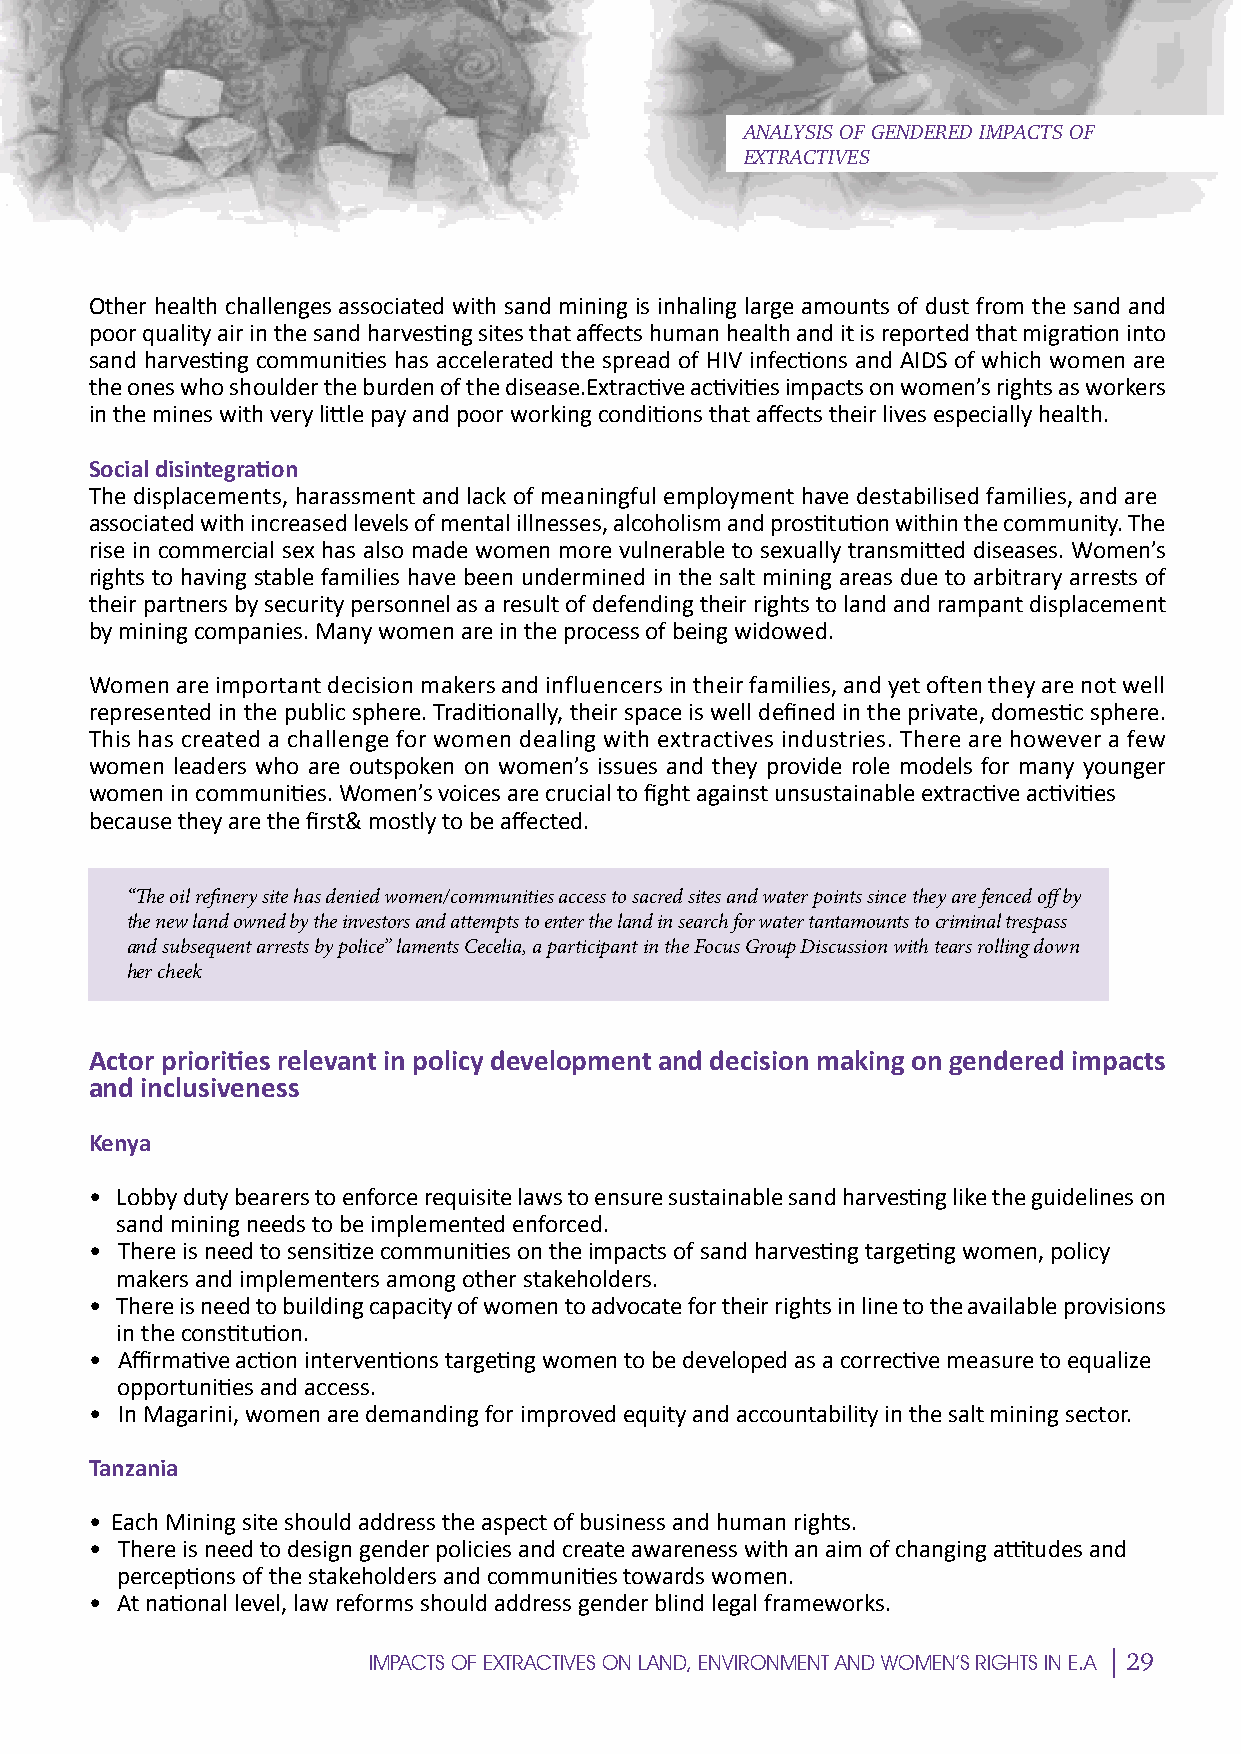
ANALYSIS OF GENDERED IMPACTS OF
 EXTRACTIVES
 SOther health challenges associated with sand mining is inhaling large amounts of dust from the sand and
 poor quality air in the sand harvesting sites that affects human health and it is reported that migration into
 sand harvesting communities has accelerated the spread of HIV infections and AIDS of which women are
 the ones who shoulder the burden of the disease.Extractive activities impacts on women’s rights as workers
 in the mines with very little pay and poor working conditions that affects their lives especially health.
 P
 Social disintegration
 The displacements, harassment and lack of meaningful employment have destabilised families, and are
 associated with increased levels of mental illnesses, alcoholism and prostitution within the community. The
 rise in commercial sex has also made women more vulnerable to sexually transmitted diseases. Women’s
 rights to having stable families have been undermined in the salt mining areas due to arbitrary arrests of
 their partners byE security personnel as a result of defending their rights to land and rampant displacement
 by mining companies. Many women are in the process of being widowed.
 Women are important decision makers and influencers in their families, and yet often they are not well
 represented in the public sphere. Traditionally, their space is well defined in the private, domestic sphere.
 This has created a challenge for women dealing with extractives industries. There are however a few
 C
 women leaders who are outspoken on women’s issues and they provide role models for many younger
 women in communities. Women’s voices are crucial to fight against unsustainable extractive activities
 because they are the first& mostly to be affected.
 I
 “The oil refinery site has denied women/communities access to sacred sites and water points since they are fenced off by
 the new land owned by the investors and attempts to enter the land in search for water tantamounts to criminal trespass
 and subsequent arrests by police” laments Cecelia, a participant in the Focus Group Discussion with tears rolling down
 her cheek
 E
 Actor priorities relevant in policy development and decision making on gendered impacts
 and inclusiveness
 Kenya
 M
 • Lobby duty bearers to enforce requisite laws to ensure sustainable sand harvesting like the guidelines on
 sand mining needs to be implemented enforced.
 • There is need to sensitize communities on the impacts of sand harvesting targeting women, policy
 makers and implementers among other stakeholders.
 • There is need to building capacity of women to advocate for their rights in line to the available provisions
 in the constitution.
 E
 • Affirmative action interventions targeting women to be developed as a corrective measure to equalize
 opportunities and access.
 • In Magarini, women are demanding for improved equity and accountability in the salt mining sector.
 Tanzania
 N
 • Each Mining site should address the aspect of business and human rights.
 • There is need to design gender policies and create awareness with an aim of changing attitudes and
 perceptions of the stakeholders and communities towards women.
 • At national level, law reforms should address gender blind legal frameworks.
 29
 IMPACTS OF EXTRACTIVES ON LAND, ENVIRONMENT AND WOMEN’S RIGHTS IN E.A